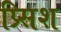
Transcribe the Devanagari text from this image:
प्र्सिश